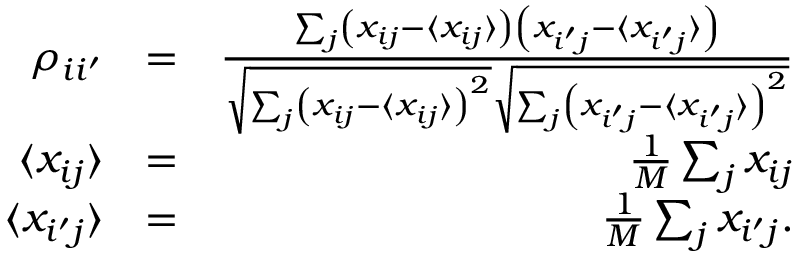
\begin{array} { r l r } { \rho _ { i i ^ { \prime } } } & { = } & { \frac { \sum _ { j } \left( x _ { i j } - \langle x _ { i j } \rangle \right) \left( x _ { i ^ { \prime } j } - \langle x _ { i ^ { \prime } j } \rangle \right) } { \sqrt { \sum _ { j } \left( x _ { i j } - \langle x _ { i j } \rangle \right) ^ { 2 } } \sqrt { \sum _ { j } \left( x _ { i ^ { \prime } j } - \langle x _ { i ^ { \prime } j } \rangle \right) ^ { 2 } } } } \\ { \langle x _ { i j } \rangle } & { = } & { \frac { 1 } { M } \sum _ { j } x _ { i j } } \\ { \langle x _ { i ^ { \prime } j } \rangle } & { = } & { \frac { 1 } { M } \sum _ { j } x _ { i ^ { \prime } j } . } \end{array}